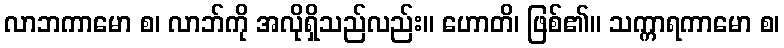
လာဘကာမော စ၊ လာဘ်ကို အလိုရှိသည်လည်း။ ဟောတိ၊ ဖြစ်၏။ သက္ကာရကာမော စ၊